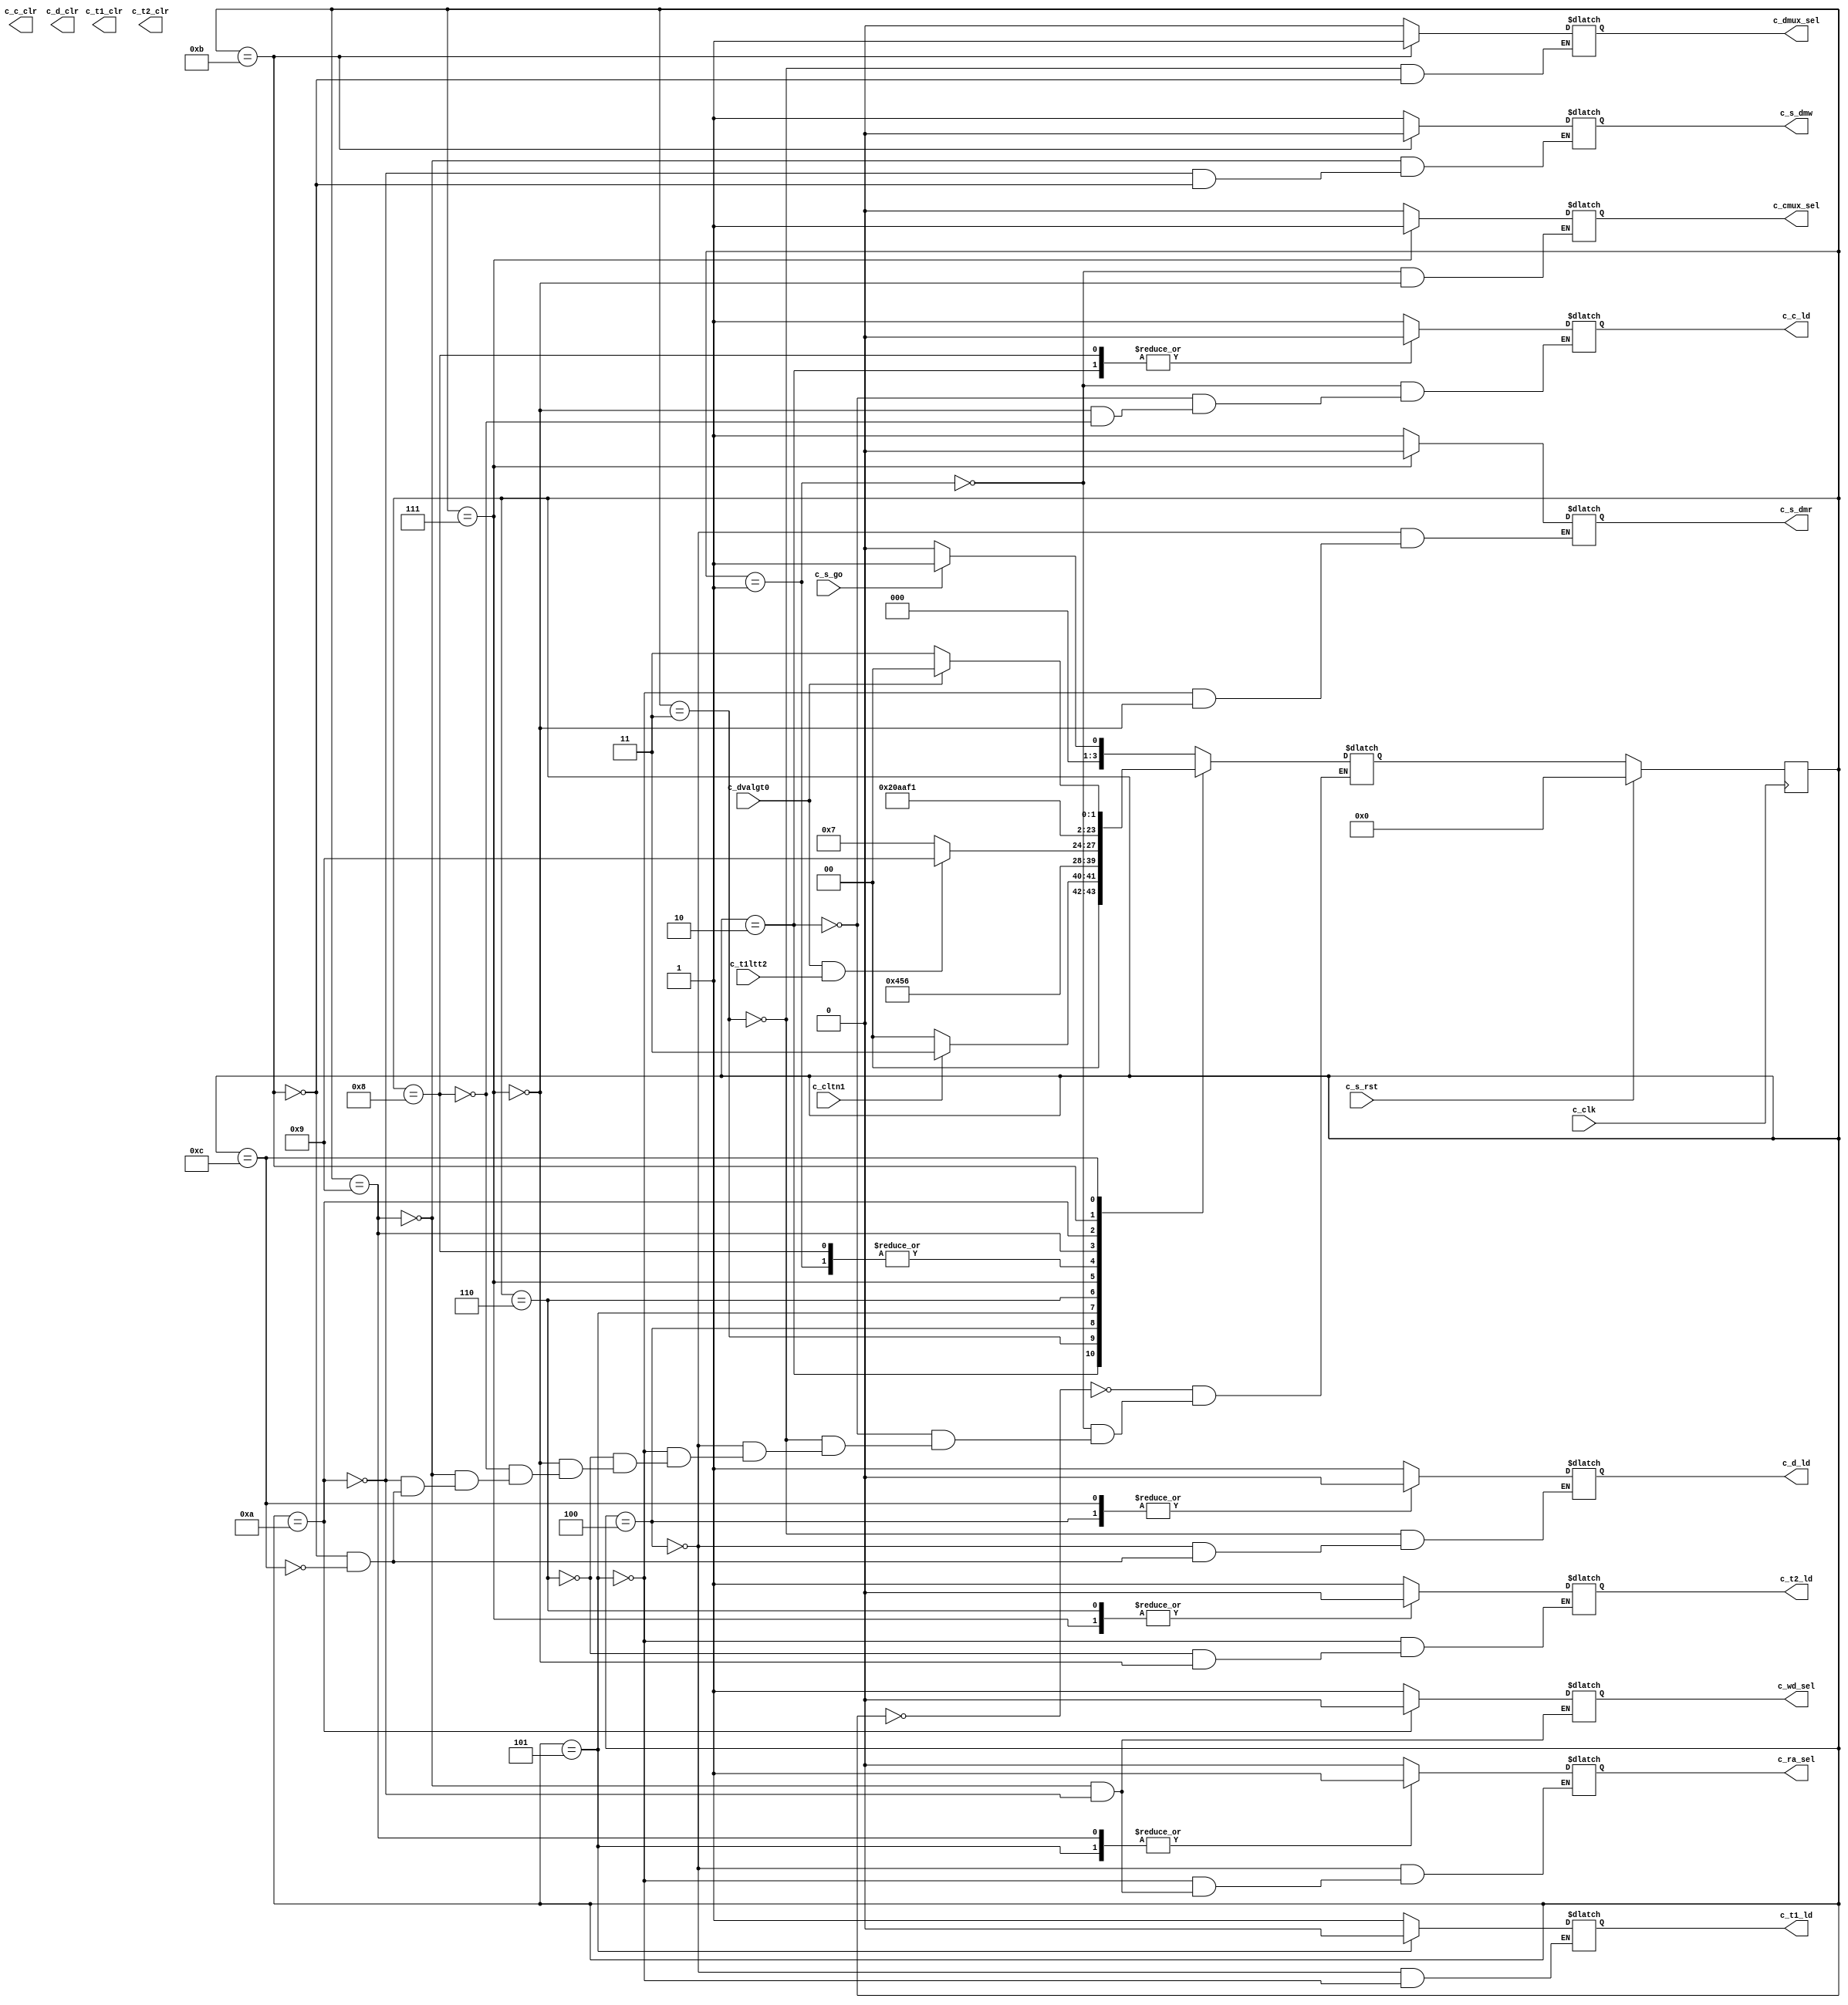
`timescale 1ns / 1ps
//////////////////////////////////////////////////////////////////////////////////
// Company: 
// Engineer: 
// 
// Design Name: 
// Module Name:    controller 
// Project Name: 
// Target Devices: 
// Tool versions: 
// Description: 
//
// Dependencies: 
//
// Revision: 
// Revision 0.01 - File Created
// Additional Comments: 
//
//////////////////////////////////////////////////////////////////////////////////
module controller(c_clk,c_s_rst,c_s_go,c_cltn1,c_dvalgt0,c_t1ltt2,c_s_dmw,c_s_dmr,c_t1_clr,c_t1_ld,c_t2_clr,c_t2_ld,c_c_clr,c_c_ld,c_d_clr,c_d_ld,c_cmux_sel,c_dmux_sel,c_ra_sel,c_wd_sel);

input c_clk,c_s_rst,c_s_go,c_dvalgt0,c_t1ltt2,c_cltn1;
output reg c_cmux_sel,c_dmux_sel,c_ra_sel,c_wd_sel,c_s_dmr,c_s_dmw,c_t1_ld,c_t2_ld,c_c_clr,c_c_ld,c_d_clr,c_d_ld,c_t1_clr,c_t2_clr;

reg [3:0] state, nstate;
parameter [3:0] s_wait=0, s_c_init=1, s_c_check=2,s_d_init=3,s_read1=4,s_read2=5,s_compare=6,s_incr1=7, s_incr2=8, s_write1=9, s_write2=10,s_check1=11,s_check2=12;

always@(state,c_s_go,c_dvalgt0,c_t1ltt2,c_cltn1) begin
case(state)

s_wait: begin
if(c_s_go == 0)
nstate<=s_wait;
else
nstate <= s_c_init;
end

s_c_init: begin
c_cmux_sel<=0;
c_c_ld<=1;
nstate<=s_c_check;
end

s_c_check: begin
c_c_ld<=0;
if(c_cltn1==1)
nstate <= s_d_init;
else
nstate <= s_wait;
end

s_d_init: begin
c_dmux_sel<=0;
c_d_ld<=1;
nstate<=s_read1;
end

s_read1: begin
c_d_ld<=0;
c_ra_sel<=0;
c_s_dmr<=1;
c_t1_ld<=1;
nstate <= s_read2;
end

s_read2: begin
c_ra_sel<=1;
c_s_dmr<=1;
c_t2_ld<=1;
c_t1_ld<=0;
nstate<=s_compare;
end

s_compare: begin
c_t2_ld<=0;
if(c_dvalgt0 == 1 && c_t1ltt2 == 1)
nstate <= s_write1;
else
nstate <= s_incr1;
end

s_incr1: begin
c_cmux_sel <=1;
c_c_ld <=1;
c_t2_ld<=0;
c_s_dmr<=0;
nstate<=s_incr2;
end

s_incr2: begin
c_c_ld<=0;
nstate<=s_c_check;
end

s_write1: begin
c_wd_sel<=1;
c_ra_sel<=1;
c_s_dmw<=1;
nstate<=s_write2;
end

s_write2: begin
c_ra_sel<=0;
c_wd_sel<=0;
c_s_dmw<=1;
nstate<=s_check1;
end

s_check1: begin
c_dmux_sel<=1;
c_s_dmw<=0;
c_d_ld<=1;
nstate<=s_check2;
end

s_check2: begin
c_d_ld<=0;
if(c_dvalgt0 == 1)
nstate<=s_read1;
else
nstate<=s_incr1;
end

endcase
end

always@(posedge c_clk) begin
	if (c_s_rst==1) begin
		state <= s_wait;
	end
	else begin
	   state <= nstate;
	end
end

endmodule